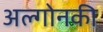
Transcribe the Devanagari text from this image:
अल्गोनकी